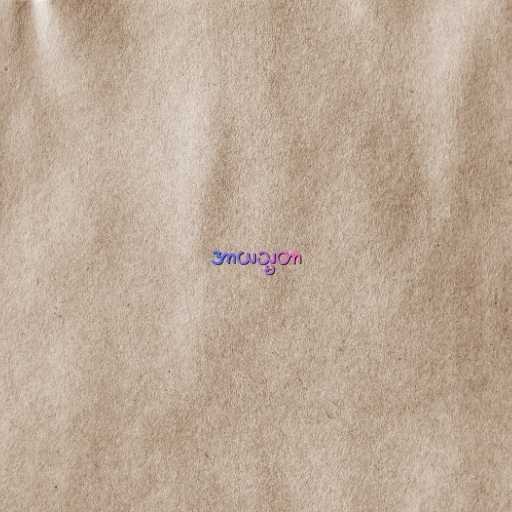
အာယသ္မတာ